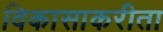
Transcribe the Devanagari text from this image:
विकासाकरीता